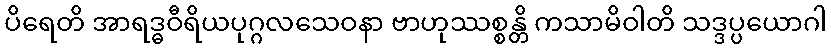
ပိရေတိ အာရဒ္ဓဝီရိယပုဂ္ဂလသေဝနာ ဗာဟုဿစ္စန္တိ ကသာမိဝါတိ သဒ္ဒပ္ပယောဂါ